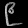
Digit: ၉